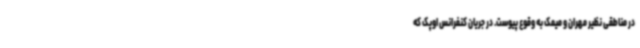
در مناطقی نظیر مهران و میمک به وقوع پیوست. در جریان کنفرانس اوپک که